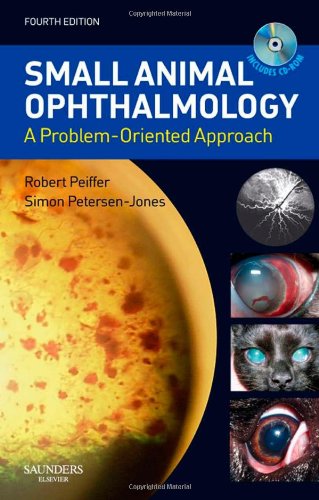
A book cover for Small Animal Ophthalmology: A Problem-Oriented Approach, 4e; Medical Books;